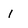
Character: i